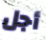
أجل